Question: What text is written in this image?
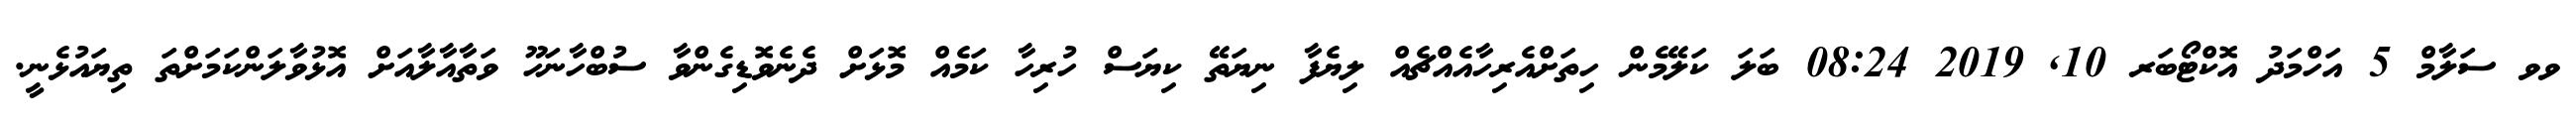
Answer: ވވ ސަލާމް 5 އަހްމަދު އޮކްޓޯބަރ 10, 2019 08:24 ބަލަ ކަލޭމެން ހިތަށްއެރިހާއެއްޗެއް ލިޔެފާ ނިޔަތޭ ކިޔަސް ހުރިހާ ކަމެއް މޮޅަށް ދެނެވޮޑިގެންވާ ސުބްހާނަހޫ ވަތާއާލާއަށް އޮޅުވާލަންކަމަށްތަ ތިޔައުޅެނީ.